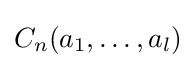
C_{n}(a_{1},\dots ,a_{l})